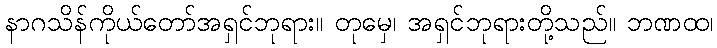
နာဂသိန်ကိုယ်တော်အရှင်ဘုရား။ တုမှေ၊ အရှင်ဘုရားတို့သည်။ ဘဏထ၊